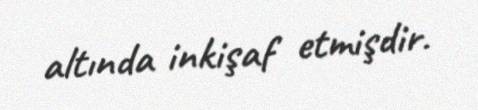
altında inkişaf etmişdir.